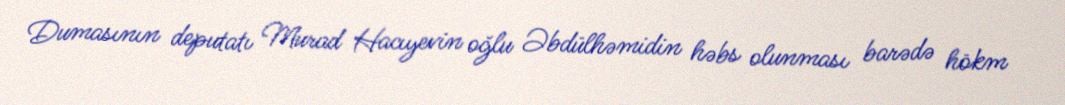
Dumasının deputatı Murad Hacıyevin oğlu Əbdülhəmidin həbs olunması barədə hökm